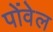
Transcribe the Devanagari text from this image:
पोंवेल